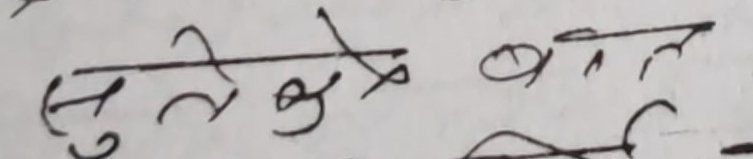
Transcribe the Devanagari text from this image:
सुलेख के बात